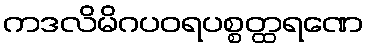
ကဒလိမိဂပဝရပစ္စတ္ထရဏေ